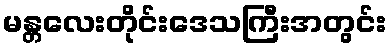
မန္တလေးတိုင်းဒေသကြီးအတွင်း